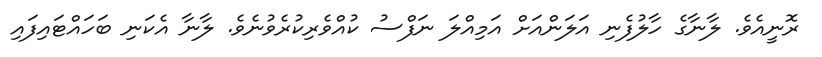
ރޮނީއެވެ. ލާނާގެ ހާލުފެނި އަލަންއަށް އަމިއްލަ ނަފްސު ކުއްވެރިކުރެވުނެވެ. ލާނާ އެކަނި ބަހައްޓައިފައި